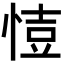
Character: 𢜳